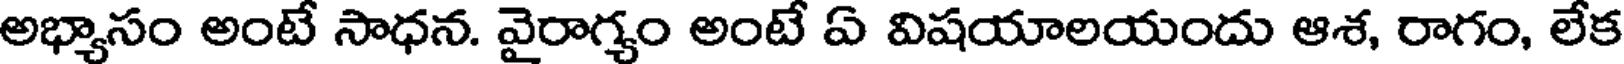
అభ్యాసం అంటే సాధన. వైరాగ్యం అంటే ఏ విషయాలయందు ఆశ, రాగం, లేక